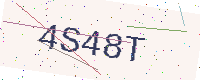
Text: 4S48T